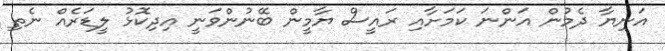
އަނިޔާ ދެމުން އަންނަ ކަމަށާއި ރައީސް ޔާމީން ބޭނުންވަނީ އިދިކޮޅު ލީޑަރެއް ނެތި